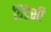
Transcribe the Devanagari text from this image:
विटेसी